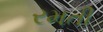
રમતી